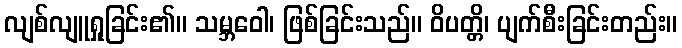
လျစ်လျူရှုခြင်း၏။ သမ္ဘဝေါ၊ ဖြစ်ခြင်းသည်။ ဝိပတ္တိ၊ ပျက်စီးခြင်းတည်း။